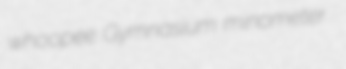
whoopee Gymnasium minometer